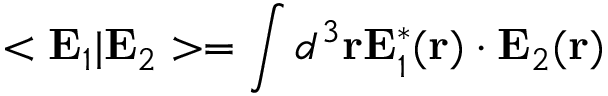
< { \bf E } _ { 1 } | { \bf E } _ { 2 } > = \int d ^ { 3 } { \bf r } { \bf E } _ { 1 } ^ { * } ( { \bf r } ) \cdot { \bf E } _ { 2 } ( { \bf r } )